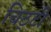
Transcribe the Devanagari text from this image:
चिठ्टी